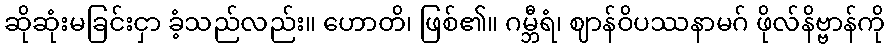
ဆိုဆုံးမခြင်းငှာ ခံ့သည်လည်း။ ဟောတိ၊ ဖြစ်၏။ ဂမ္ဘီရံ၊ ဈာန်ဝိပဿနာမဂ် ဖိုလ်နိဗ္ဗာန်ကို